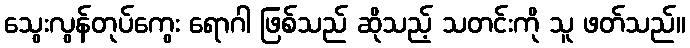
သွေးလွန်တုပ်ကွေး ရောဂါ ဖြစ်သည် ဆိုသည့် သတင်းကို သူ ဖတ်သည်။